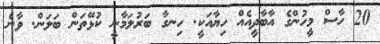
20 ހާސް މީހުންގެ އާބާދީއެއް ހިޔާއަކީ. ހިނގާ ބަރުލަމާނީ ކުޅޭތަން ބަލަން. ވާނެ